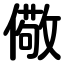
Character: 儆